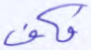
فكف